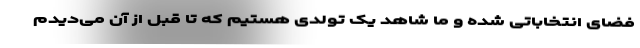
فضای انتخاباتی شده و ما شاهد یک تولدی هستیم که تا قبل از آن می‌دیدم